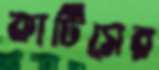
কার্টিসের